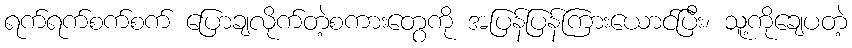
ရက်ရက်စက်စက် ပြောချလိုက်တဲ့စကားတွေကို အပြန်ပြန်ကြားယောင်ပြီး၊ သူ့ကိုချေပတဲ့